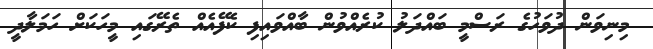
މިނިވަން ދުވަހުގެ ރަސްމީ ބައްދަލު ކުރެއްވުން ބާއްވައިފި ކެފޭއެއް ތެރޭގައި މީހަކަށް ހަމަލާދީ